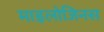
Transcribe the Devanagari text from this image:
माइलोजिनस